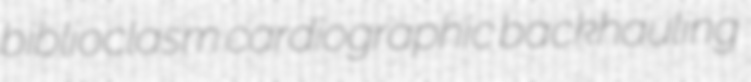
biblioclasm cardiographic backhauling